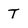
Character: T